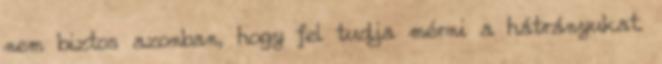
nem biztos azonban, hogy fel tudja mérni a hátrányukat.